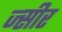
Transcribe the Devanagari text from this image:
ज्सीर